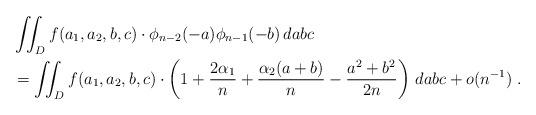
LaTeX: \begin{align*} &\iint_D f(a_1, a_2, b, c) \cdot \phi_{n-2}(-a)\phi_{n-1}(-b) \, dabc \\ & = \iint_D f(a_1,a_2,b,c) \cdot \left(1 + \frac{2\alpha_1}{n} + \frac{\alpha_2(a+b)}{n} - \frac{a^2+b^2}{2n}\right)\,dabc + o(n^{-1}) \; . \end{align*}